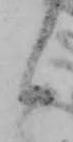
候